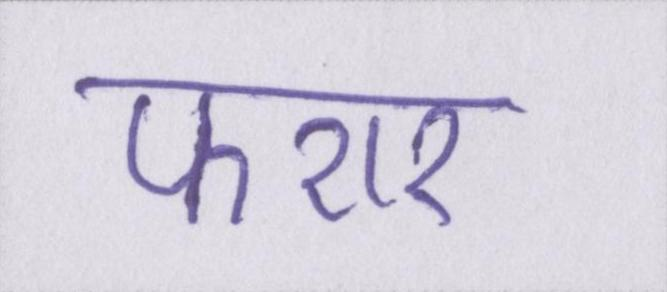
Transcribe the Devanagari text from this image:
फरार